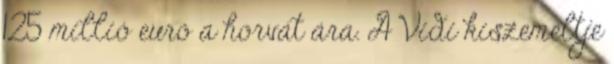
125 millió euró a horvát ára. A Vidi kiszemeltje